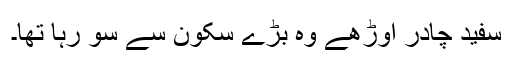
سفید چادر اوڑھے وہ بڑے سکون سے سو رہا تھا۔